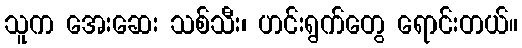
သူက အေးဆေး သစ်သီး၊ ဟင်းရွက်တွေ ရောင်းတယ်။